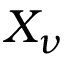
X _ { \nu }